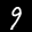
Label: 9